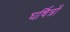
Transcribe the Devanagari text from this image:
घर्षित्रों